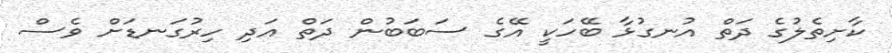
ކާށިތެލުގެ ދަތް އުނގުޅާ ބޭހަކީ އޭގެ ސަބަބުން ދަތް އަދި ހިރުގަނޑަށް ވެސް